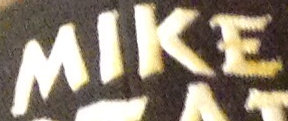
MIKE